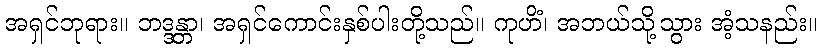
အရှင်ဘုရား။ ဘဒ္ဒန္တာ၊ အရှင်ကောင်းနှစ်ပါးတို့သည်။ ကုဟိံ၊ အဘယ်သို့သွား အံ့သနည်း။